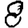
Digit: 8